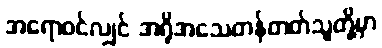
အရောဝင်လျှင် အရိုအသေတန်တတ်သူတို့မှာ